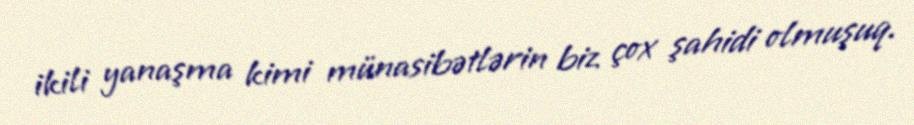
ikili yanaşma kimi münasibətlərin biz çox şahidi olmuşuq.